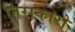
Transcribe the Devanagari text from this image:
निराकारो